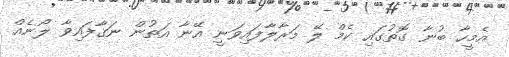
އެމީހާ ބުނާ ގޮތުގައި ކެމް ލޭ މަރާލާފައިވަނީ އޭނާ އަތުން ނަގާފައިވާ ލޯނެއް